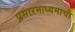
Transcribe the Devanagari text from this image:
प्रसारमाध्यमाची